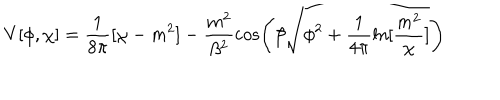
V [ \phi , \chi ] = \frac { 1 } { 8 \pi } [ \chi - m ^ { 2 } ] - \frac { m ^ { 2 } } { \beta ^ { 2 } } \cos \left( \beta \sqrt { \phi ^ { 2 } + \frac { 1 } { 4 \pi } \ln [ \frac { m ^ { 2 } } { \chi } ] } \right)